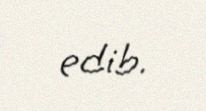
edib.